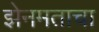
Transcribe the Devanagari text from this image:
झेनमताचा